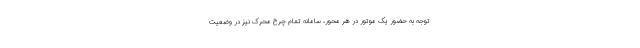
توجه به حضور یک موتور در هر محور، سامانه تمام چرخ محرک نیز در وضعیت